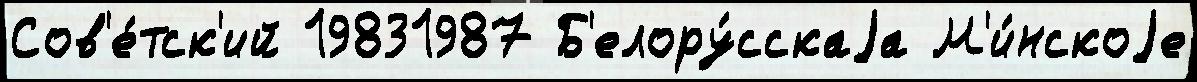
Сов'е́тск'ий 19831987 Б'елору́сскаjа М'и́нскоjе